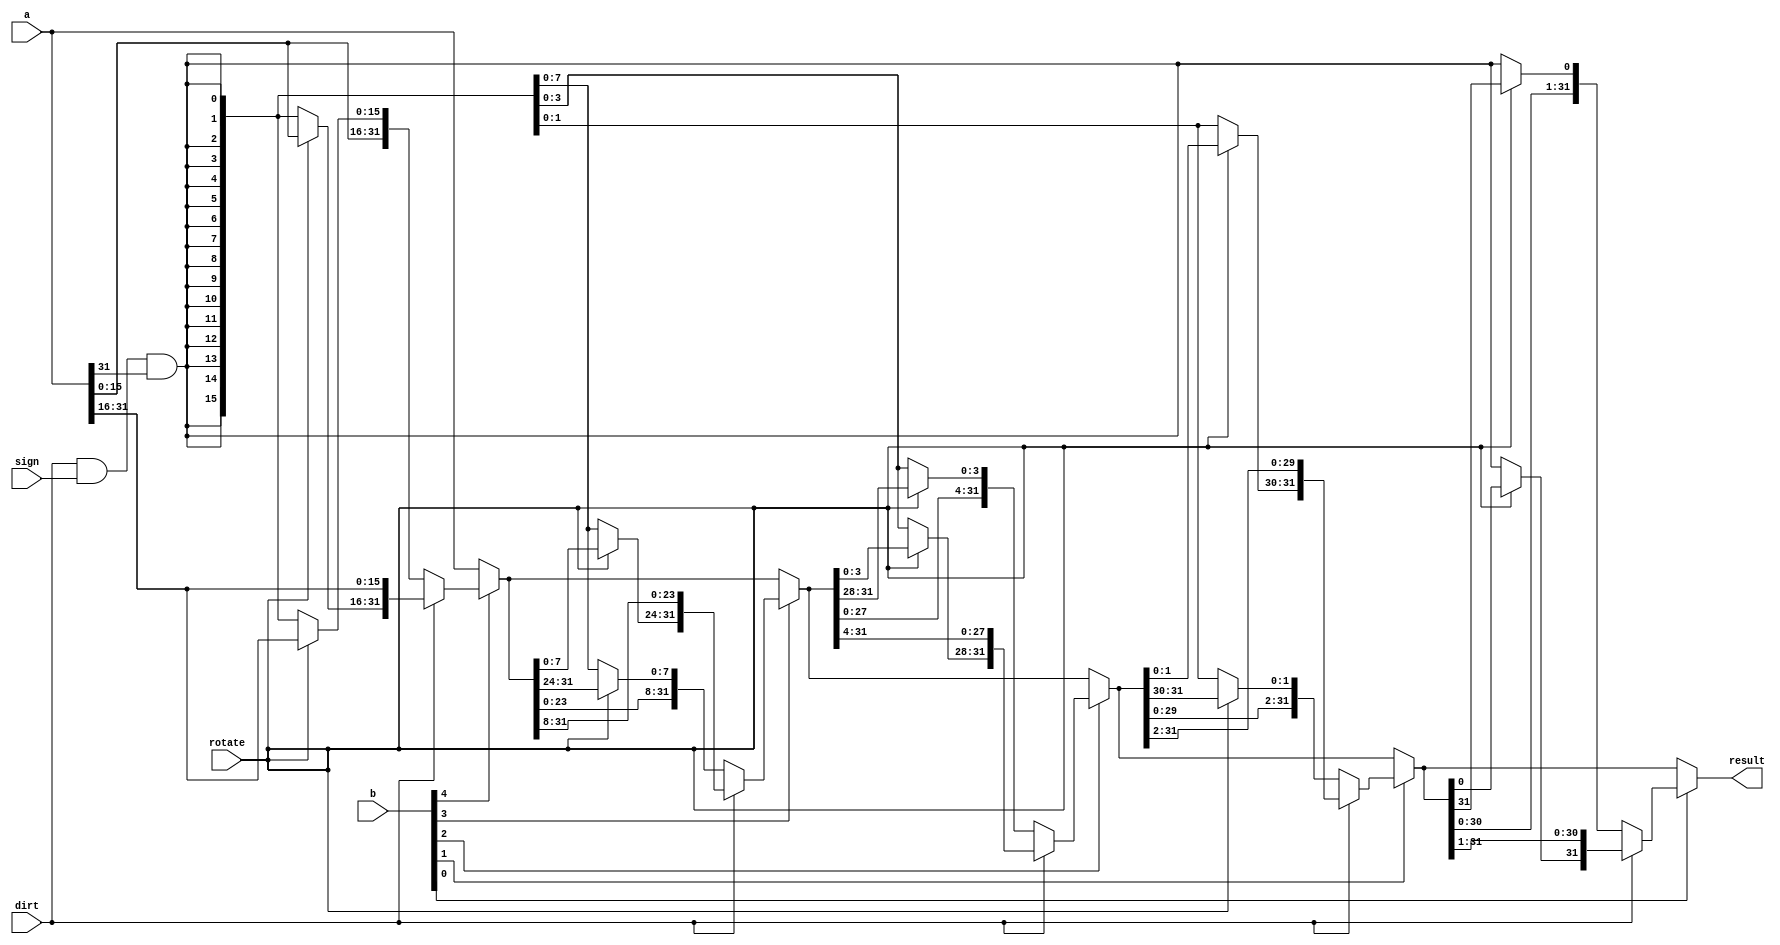
module shifter (
	input wire [31:0] a,  // operand to be shifted
	input wire [4:0] b,  // shift amount
	input wire dirt,  // 0 for shift left, 1 for right
	input wire sign,  // 0 for logical shift, 1 for arithmetic
	input wire rotate,  // 1 for rotate shift and ignore sign
	output wire [31:0] result  // calculation result
	);
	
	wire in;
	wire [31:0] r0, r1, r2, r3, r4;
	
	assign
		in = dirt & sign & a[31];
	assign
		r4 = b[4] ? (dirt ? {(rotate ? a[15:0] : {16{in}}), a[31:16]} : {a[15:0], (rotate ? a[31:16] : {16{in}})}) : a,
		r3 = b[3] ? (dirt ? {(rotate ? r4[7:0] : {8{in}}), r4[31:8]} : {r4[23:0], (rotate ? r4[31:24] : {8{in}})}) : r4,
		r2 = b[2] ? (dirt ? {(rotate ? r3[3:0] : {4{in}}), r3[31:4]} : {r3[27:0], (rotate ? r3[31:28] : {4{in}})}) : r3,
		r1 = b[1] ? (dirt ? {(rotate ? r2[1:0] : {2{in}}), r2[31:2]} : {r2[29:0], (rotate ? r2[31:30] : {2{in}})}) : r2,
		r0 = b[0] ? (dirt ? {(rotate ? r1[0] : in), r1[31:1]} : {r1[30:0], (rotate ? r1[31] : in)}) : r1;
	assign
		result = r0;
	
endmodule